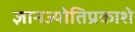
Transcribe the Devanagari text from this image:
ज्ञानज्योतिप्रकाशे